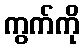
ကွက်ကို